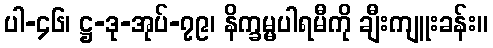
ပါ-၄၆၊ ဋ္ဌ-ဒု-အုပ်-၇၉၊ နိက္ခမ္မပါရမီကို ချီးကျူးခန်း။